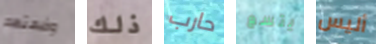
وضعتهم ذلك حارب يتسع أليس